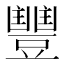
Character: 𮙘